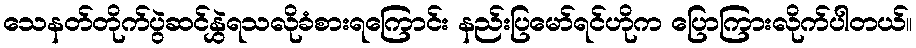
သေနတ်တိုက်ပွဲဆင်နွှဲရသလိုခံစားရကြောင်း နည်းပြမော်ရင်ဟိုက ပြောကြားလိုက်ပါတယ်။